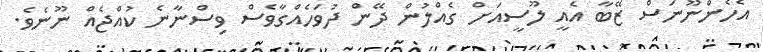
އެހެންނޫނަސް ޒޭބާ އެއީ ލޫސީއަށް ގެއްލުން ދޭން ދުވަހެއްގާވެސް ވިސްނާނެ ކުއްޖެއް ނޫނެވެ.